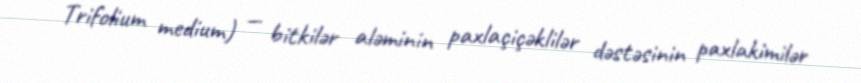
Trifolium medium) — bitkilər aləminin paxlaçiçəklilər dəstəsinin paxlakimilər